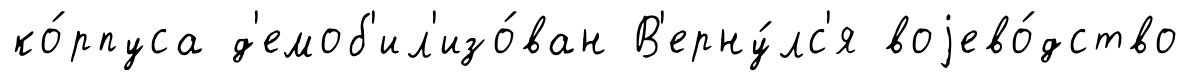
ко́рпуса д'емоб'ил'изо́ван В'ерну́лс'я воjево́дство